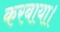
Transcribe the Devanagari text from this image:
करबाया।